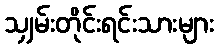
သျှမ်းတိုင်းရင်းသားများ